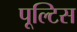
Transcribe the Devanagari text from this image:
पूल्टिस